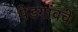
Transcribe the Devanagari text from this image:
पेडगांवचे